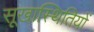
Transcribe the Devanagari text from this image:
सूखास्थितियों